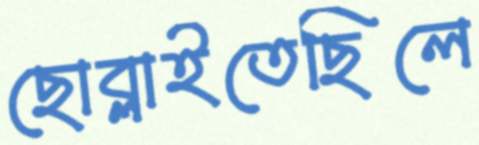
ছোব্‌লাইতেছিলে